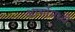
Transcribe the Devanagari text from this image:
आर्गोमध्ये